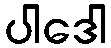
ပါဒေါ